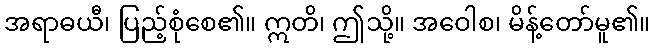
အရာဓယီ၊ ပြည့်စုံစေ၏။ ဣတိ၊ ဤသို့။ အဝေါစ၊ မိန့်တော်မူ၏။